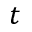
t